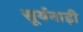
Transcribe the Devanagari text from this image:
सूर्यनाड़ी